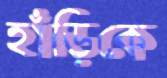
হাঁড়িকে